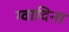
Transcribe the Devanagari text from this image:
ग्वादिना